Leaving Certificate Examination, 1913
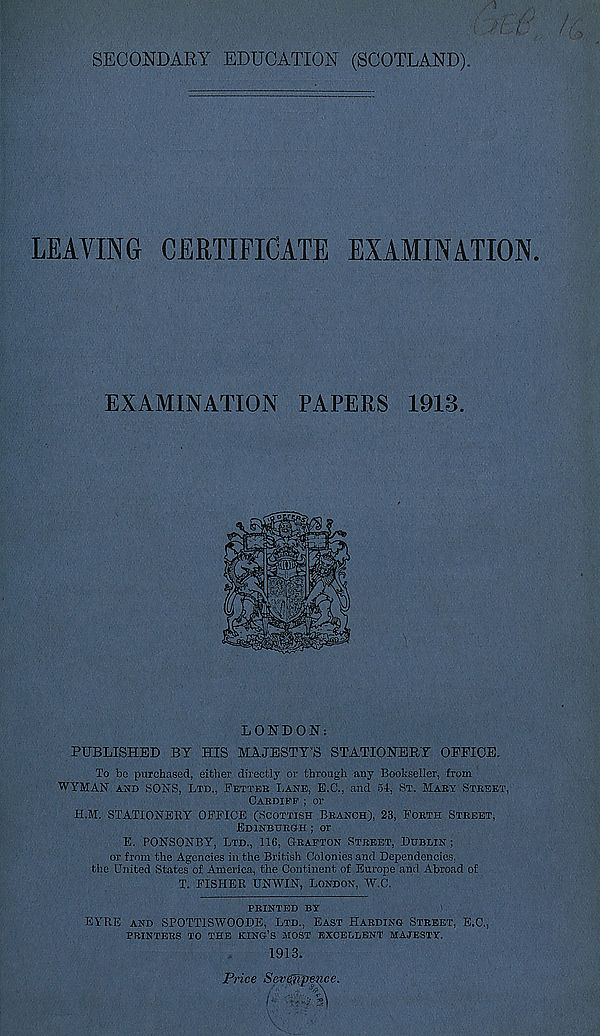
SECONDARY EDUCATION (SCOTLAND).
LEAVING CERTIFICATE EXAMINATION.
EXAMINATION PAPERS 1918.
LONDON;
PUBLISHED BY HIS MAJESTY'S STATIONERY OEPIOE.
To be purchased, either directly or through any Bookseller, from
WYMAN AND SONS, LTD., FETTEB LANE, E.C., and 54, ST. MAEY STREET,
CARDIFF ; or
H.M. STATIONERY OFFICE (SCOTTISH BRANCH), 23, FORTH STREET,
EDINBURGH ; or
E. PONSONBY, LTD., 116, GRAFTON STREET, DUBLIN ;
or from the Agencies in the British Colonies and Dependencies,
the United States of America, the Continent of Europe and Abroad of
T. FISHER UNWIN, LONDON, W.C.
PRINTED BY
EYRE AND SPOTTISWOODE, LTD., EAST HARDING STREET, E.C.,
PRINTERS TO THE KING’S MOST EXCELLENT MAJESTY.
1913.
Price Sevelmence.